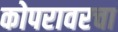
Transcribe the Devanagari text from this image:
कोपरावरचा